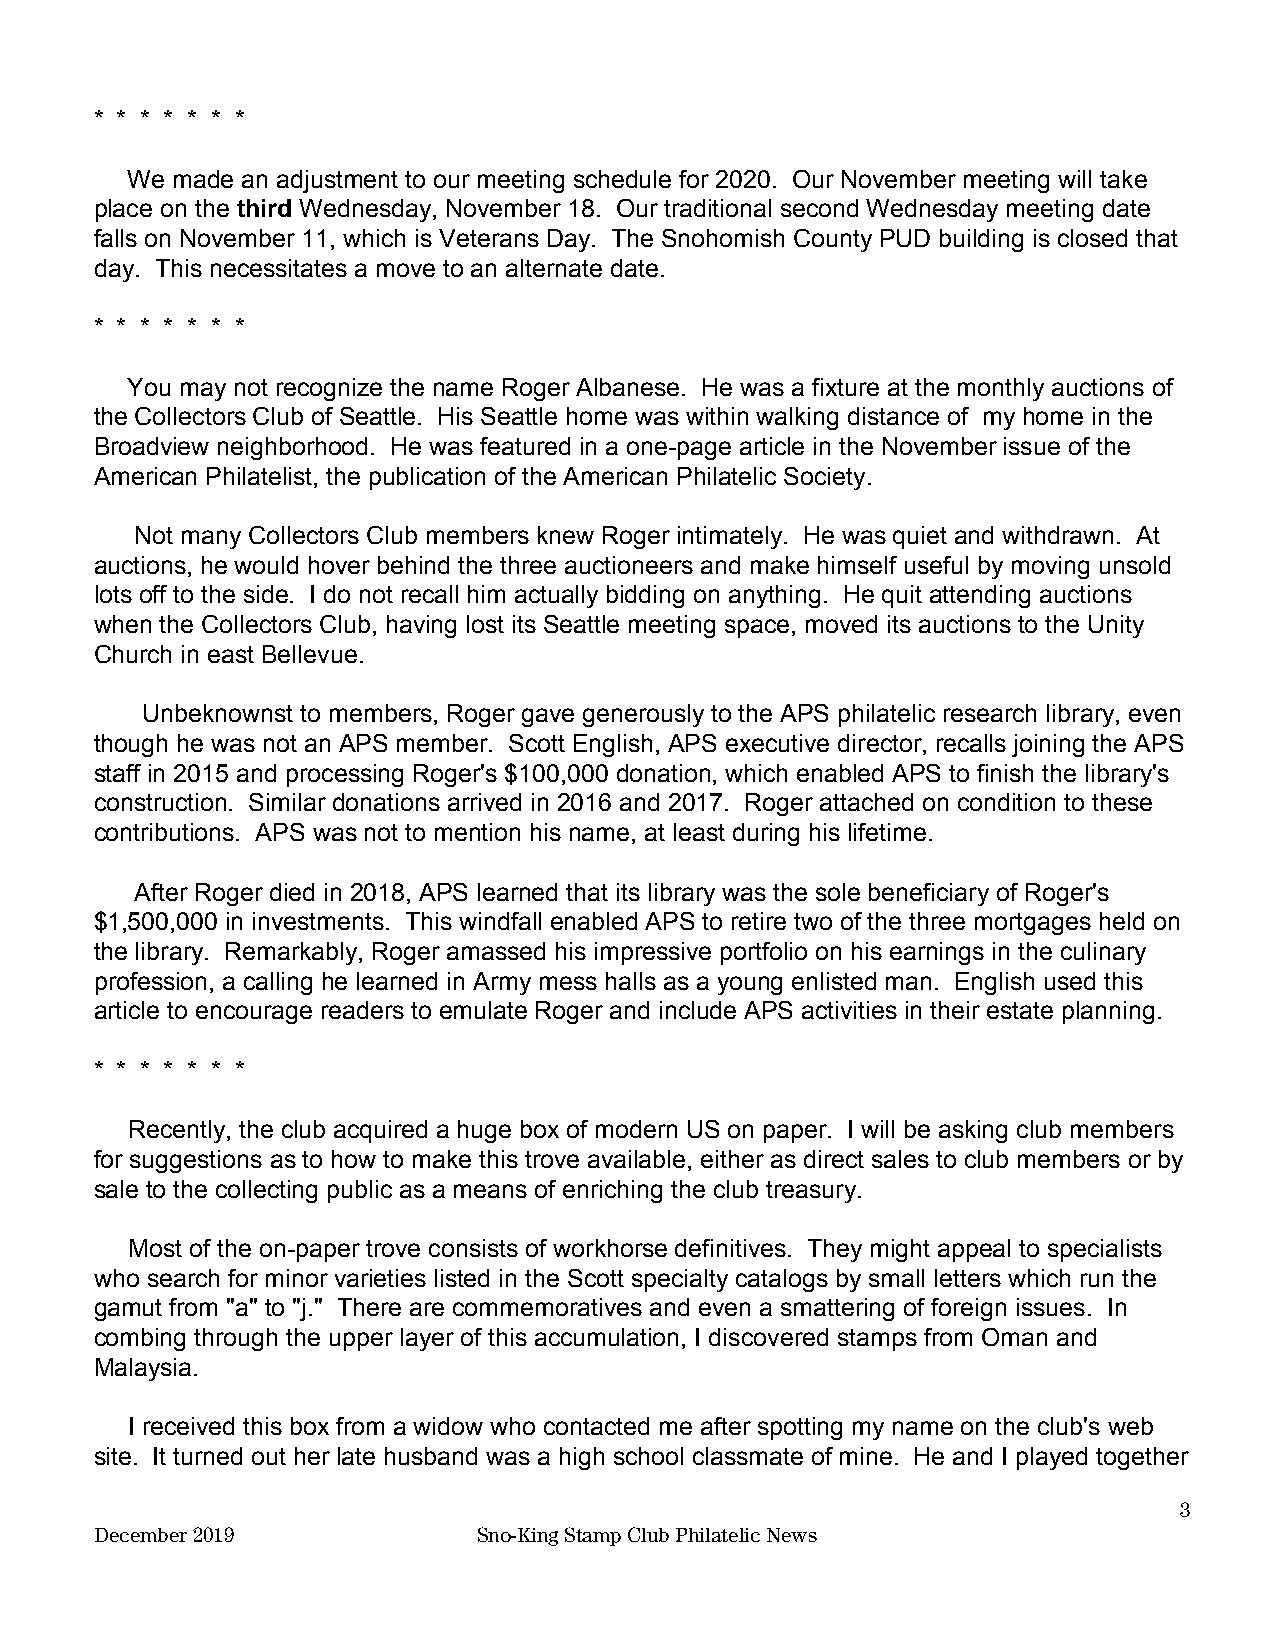
* * * * * * *
 We made an adjustment to our meeting schedule for 2020. Our November meeting will take
 place on the third Wednesday, November 18. Our traditional second Wednesday meeting date
 ​  ​
 falls on November 11, which is Veterans Day. The Snohomish County PUD building is closed that
 day. This necessitates a move to an alternate date.
 * * * * * * *
 You may not recognize the name Roger Albanese. He was a fixture at the monthly auctions of
 the Collectors Club of Seattle. His Seattle home was within walking distance of my home in the
 Broadview neighborhood. He was featured in a one-page article in the November issue of the
 American Philatelist, the publication of the American Philatelic Society.
 Not many Collectors Club members knew Roger intimately. He was quiet and withdrawn. At
 auctions, he would hover behind the three auctioneers and make himself useful by moving unsold
 lots off to the side. I do not recall him actually bidding on anything. He quit attending auctions
 when the Collectors Club, having lost its Seattle meeting space, moved its auctions to the Unity
 Church in east Bellevue.
 Unbeknownst to members, Roger gave generously to the APS philatelic research library, even
 though he was not an APS member. Scott English, APS executive director, recalls joining the APS
 staff in 2015 and processing Roger's $100,000 donation, which enabled APS to finish the library's
 construction. Similar donations arrived in 2016 and 2017. Roger attached on condition to these
 contributions. APS was not to mention his name, at least during his lifetime.
 After Roger died in 2018, APS learned that its library was the sole beneficiary of Roger's
 $1,500,000 in investments. This windfall enabled APS to retire two of the three mortgages held on
 the library. Remarkably, Roger amassed his impressive portfolio on his earnings in the culinary
 profession, a calling he learned in Army mess halls as a young enlisted man. English used this
 article to encourage readers to emulate Roger and include APS activities in their estate planning.
 * * * * * * *
 Recently, the club acquired a huge box of modern US on paper. I will be asking club members
 for suggestions as to how to make this trove available, either as direct sales to club members or by
 sale to the collecting public as a means of enriching the club treasury.
 Most of the on-paper trove consists of workhorse definitives. They might appeal to specialists
 who search for minor varieties listed in the Scott specialty catalogs by small letters which run the
 gamut from "a" to "j." There are commemoratives and even a smattering of foreign issues. In
 combing through the upper layer of this accumulation, I discovered stamps from Oman and
 Malaysia.
 I received this box from a widow who contacted me after spotting my name on the club's web
 site. It turned out her late husband was a high school classmate of mine. He and I played together
 3
 December 2019             Sno-King Stamp Club Philatelic News